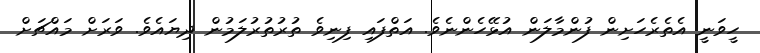
ހީވަނީ އެތެރެހަށިން ފުންމާލަން އުޅޭހެންނެވެ. އަތްފައި ފިނިވެ ތުރުތުރުލަމުން ދިޔައެވެ. ވަރަށް މައްޗަށް